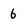
Character: 6